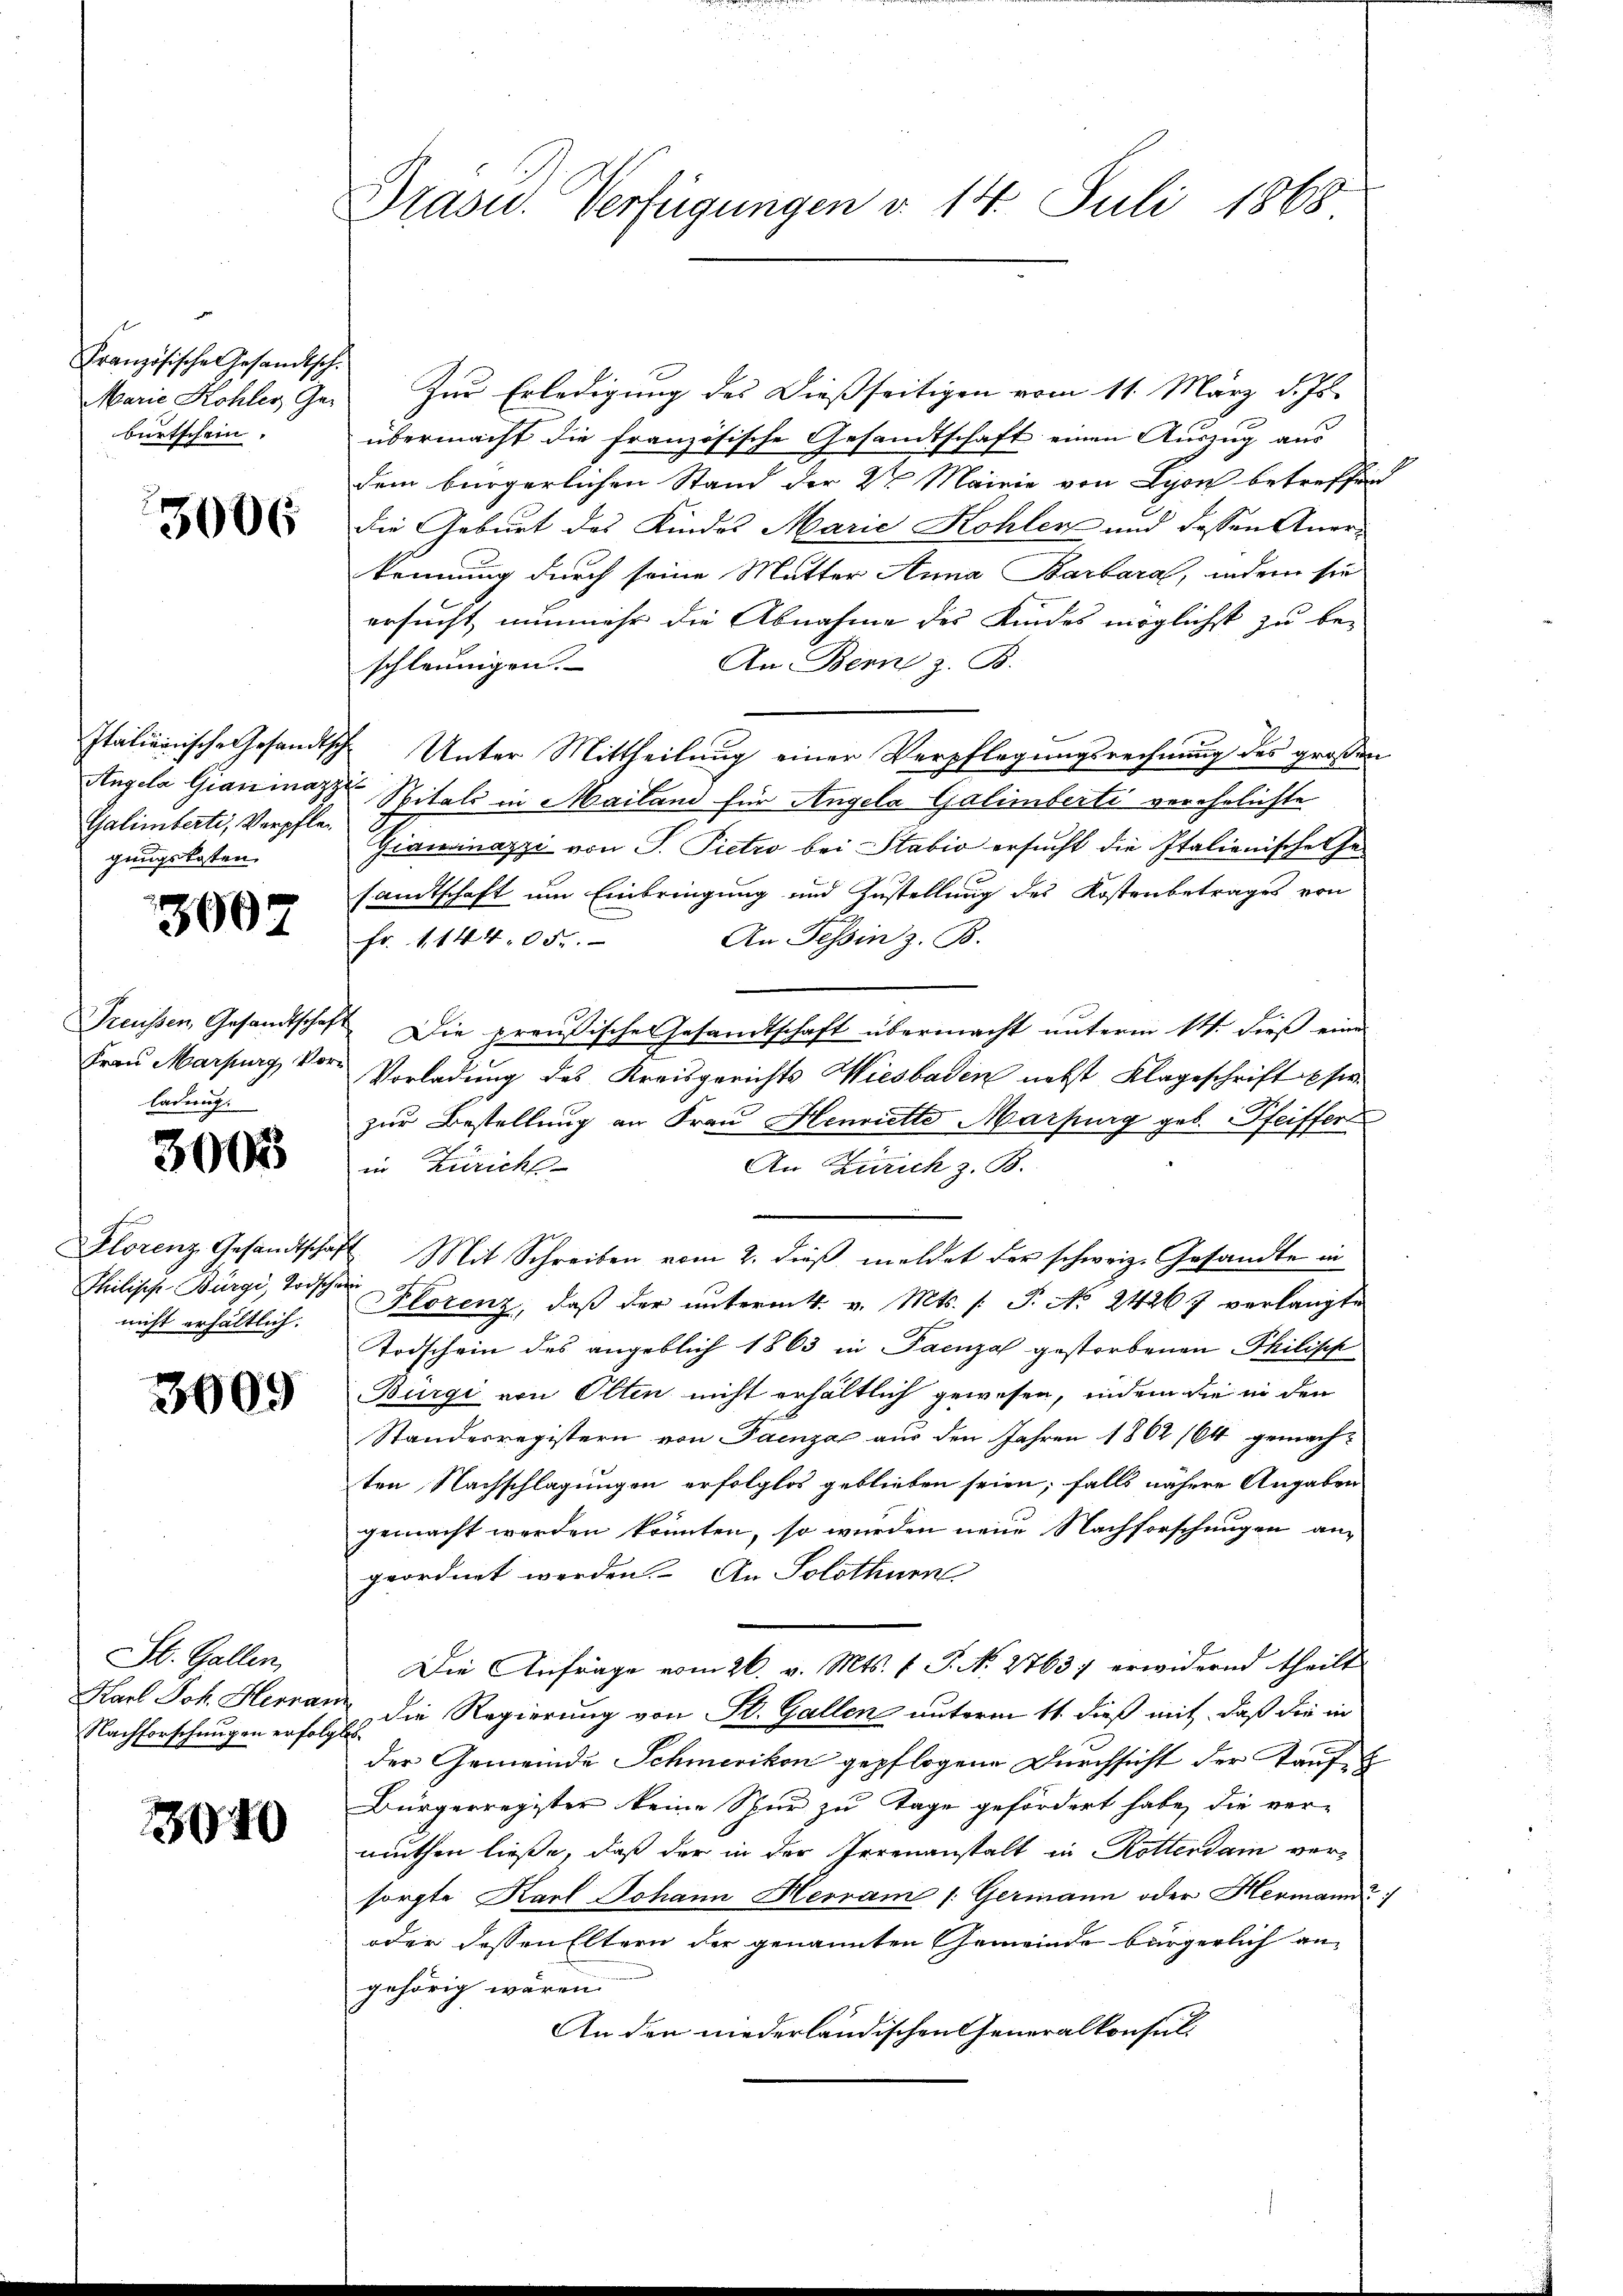
Französische Gesandtsch.
Marie Kohler Ge-
burtschein.

3006

Italienische Gesandtsch
Angela Gianmazz
Galimberti, Verpflegungskosten.

3907

Preissen, Gesandtschaf
Frau Marburg, Vorladung.

3005

Florenz Gesandtschaf
Thilisch-Bürgi, Todsche
nicht erhältlich.

3909

St. Gallen,
Karl Joh. Herran
Nachforschungen erfolg

3040

Präsid. Verfügungen d. 14. Juli 1868

Zur Erledigung des Dießseitigen vom 11. März d. Js.
übermacht die französische Gesandtschaft einen Auszug aus
dem bürgerlichen Stand der 2ten Mairie von Lyon betreffend
Die Geburt des Kindes Marie Kohler und dessen Anerkennung durch seine Mutter Anna Barbara, indem sie
ersucht nunmehr die Abnahme des Kindes möglichst zu be-
An Bern z. B.
schleunigen.
 Unter Mittheilung einer Verpflegungsrechnung des großen
i
Spitals in Mailand für Angela Galimberti verehelichte
Giannapp von P. Pietro bei Stabio ersucht die Italienische Ge-
sandtschaft um Einbringung und Zustellung des Kostenbetrages von
An Tessin z. B.
fr. 1144,05.
2. Die preußische Gesandtschaft übermacht unterm 14. dieß eine
Vorladung des Kreisgerichts Wiesbaden nebst Klageschrift sie
zur Bestellung an Frau Henriette Marpurg geb. Pfeiffer
in Züricht
An Zürich z. B.
4. Mit Schreiben vom 2. dieß, meldet der schweiz. Gesandte in
e
Plorenz, daß der unterm 4. v. Mts. /: P. No 24267 verlangte
Todschein des angeblich 1863 in Paenza gestorbenen Philisch
Burgi von Olten nicht erhältlich gewesen, indem die in den
Standesregistern von Paenza aus den Jahren 1862 (64 gemachten Nachschlagungen erfolglos geblieben seien; falls nähere Angaben
gemacht werden könnten, so wurden neue Nachforschungen an
geordnet werden. An Solothurn,
Die Anfrage vom 26. v. Mts. v. J. N. 27637 erwidernd theilt
Die Regierung von St. Gallen unterm 11. dieß mit, daß die in
f
der Gemeinde Schmerikon gepflogene Durchsicht der Kauf-
Bürgerregister keine Spur zu Tage gefördert habe, die ver-
muthen ließe, daß der in der Irrenanstalt in Rotterdam versorgte Karl Johann Herram /: Germann oder Hermann
oder dessen Eltern der genannten Gemeinde bürgerlich an
gehörig wären.
An den niederländischen Generalkonsul-